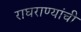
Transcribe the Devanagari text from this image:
राघराण्यांची